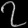
Digit: ၇